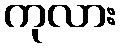
ကုလား